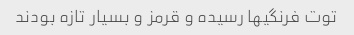
توت فرنگیها رسیده و قرمز و بسیار تازه بودند